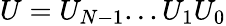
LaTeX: U=U_{N-1}...U_{1}U_{0}